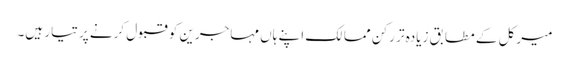
میرکل کے مطابق زیادہ تر رکن ممالک اپنے ہاں مہاجرین کو قبول کرنے پر تیار ہیں۔